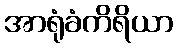
အာရုံခံကိရိယာ